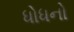
ધોધનો